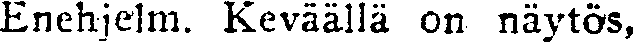
Enehjelm. Keväällä on näytös,